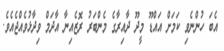
އެބަ ހުންނެވި ކަމަށް އައްޑޫ މީދޫ ދާއިރާގެ މެންބަރު ރޮޒެއިނާ އާދަމް ވިދާޅުވެއްޖެއެވެ.